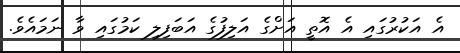
އެ އަކުރުގައި އެ އޮތީ އަށްގެ އަލިފުގެ އަބަފިލި ކަމުގައި ވާ ނަމައެވެ.